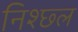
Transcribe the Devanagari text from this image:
निश्छ्ल